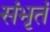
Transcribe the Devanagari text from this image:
संभृतं